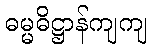
ဓမ္မဓိဋ္ဌာန်ကျကျ